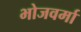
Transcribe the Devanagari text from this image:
भोजवर्मा